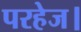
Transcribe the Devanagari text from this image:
परहेज।